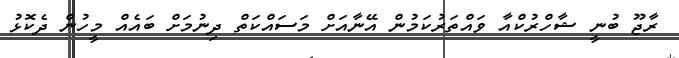
ރާޖޫ ބުނީ ޝާހްރުކްއާ ވައްތަރުކަމުން އޭނާއަށް މަސައްކަތް ދިނުމަށް ބައެއް މީހުން ދެކޮޅު